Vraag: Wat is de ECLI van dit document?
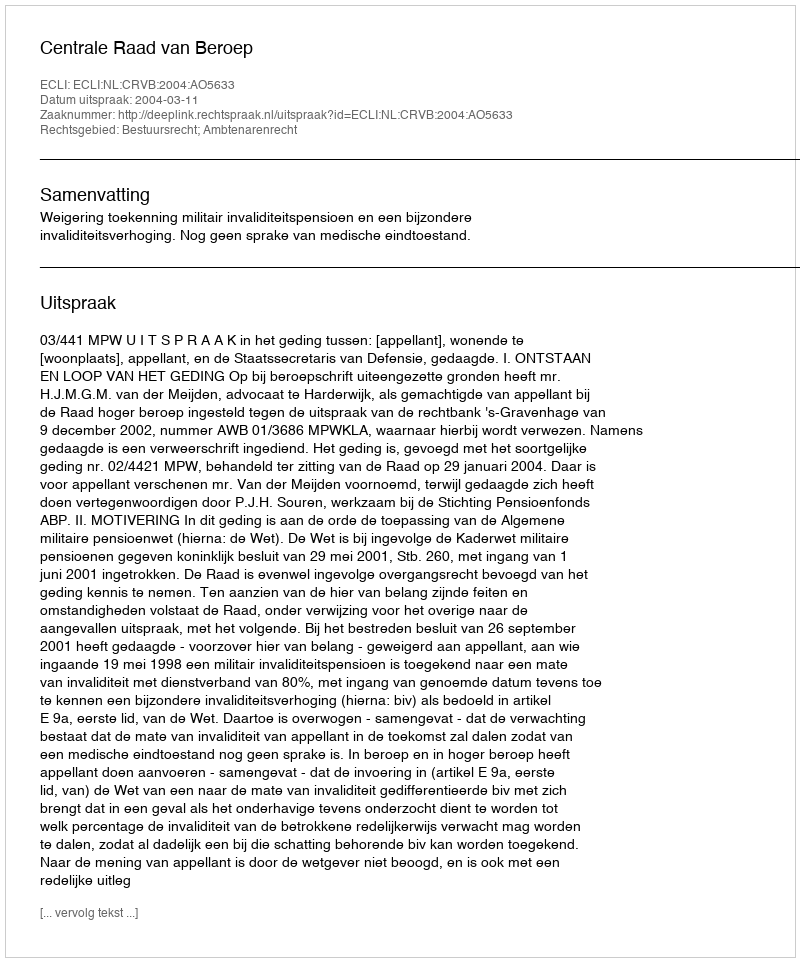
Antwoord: ECLI:NL:CRVB:2004:AO5633